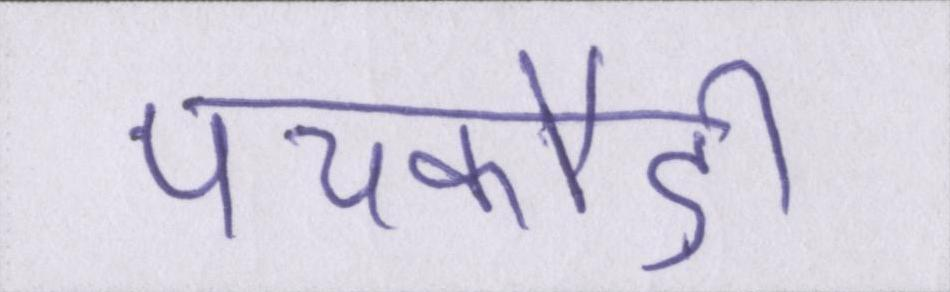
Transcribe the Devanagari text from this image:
पचकौड़ी